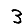
Digit: 3